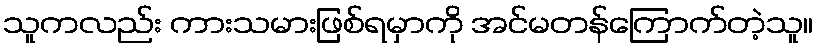
သူကလည်း ကားသမားဖြစ်ရမှာကို အင်မတန်ကြောက်တဲ့သူ။